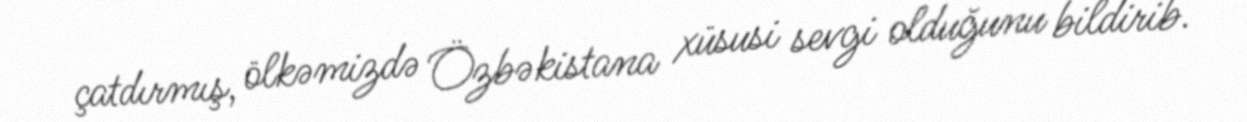
çatdırmış, ölkəmizdə Özbəkistana xüsusi sevgi olduğunu bildirib.